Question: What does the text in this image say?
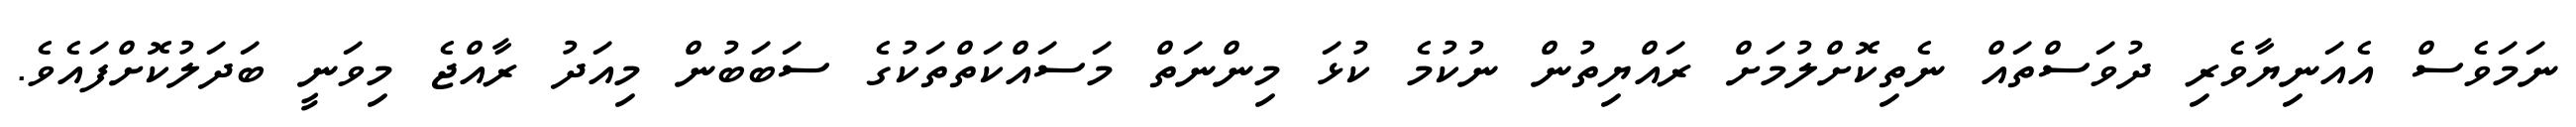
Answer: ނަމަވެސް އެއަނިޔާވެރި ދުވަސްތައް ނެތިކޮށްލުމަށް ރައްޔިތުން ނުކުމެ ކުޅަ މިންނަތް މަސައްކަތްތަކުގެ ސަބަބުން މިއަދު ރާއްޖެ މިވަނީ ބަދަލުކޮށްފައެވެ.